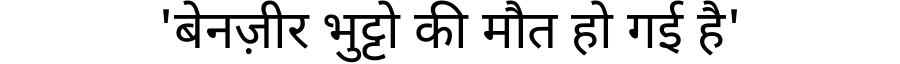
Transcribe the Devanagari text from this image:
'बेनज़ीर भुट्टो की मौत हो गई है'